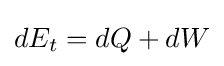
dE_{t}=dQ+dW